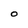
Character: O